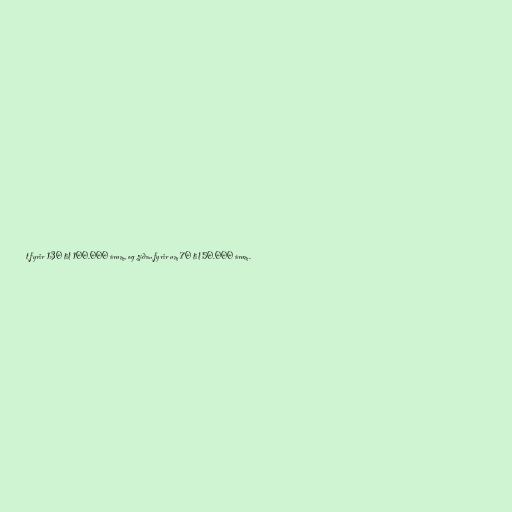
t fyrir 130 til 100.000 árum, og síðan fyrir um 70 til 50.000 árum.